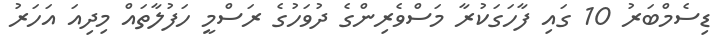
ޑިސެމްބަރު 10 ގައި ފާހަގަކުރާ މަސްވެރިންގެ ދުވަހުގެ ރަސްމީ ހަފުލާތައް މިދިއަ އަހަރު